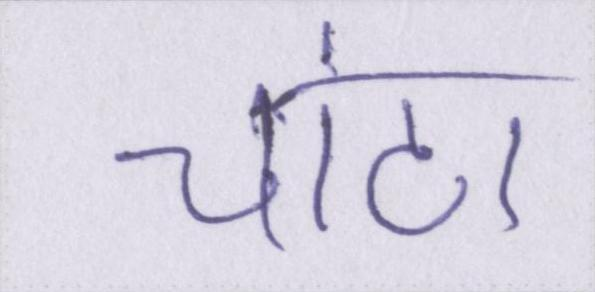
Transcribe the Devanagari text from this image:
चांटा